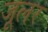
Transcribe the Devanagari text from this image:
जूलर